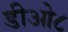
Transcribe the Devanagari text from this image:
डीओ८